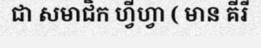
ជា សមាជិក ហ្វីហ្វា ( មាន គីរី